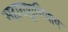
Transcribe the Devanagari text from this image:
महाराष्ट्राशिवाय